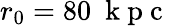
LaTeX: r_{0}=80~\mathrm{~k~p~c~}